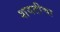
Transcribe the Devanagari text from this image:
शवतीचा